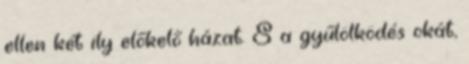
ellen két ily előkelő házat. S a gyűlölködés okát,